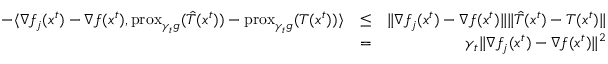
\begin{array} { r l r } { - \langle \nabla f _ { j } ( x ^ { t } ) - \nabla f ( x ^ { t } ) , \mathrm { p r o x } _ { \gamma _ { t } g } ( \hat { T } ( x ^ { t } ) ) - \mathrm { p r o x } _ { \gamma _ { t } g } ( T ( x ^ { t } ) ) \rangle } & { \leq } & { \Vert \nabla f _ { j } ( x ^ { t } ) - \nabla f ( x ^ { t } ) \Vert \Vert \hat { T } ( x ^ { t } ) - T ( x ^ { t } ) \Vert } \\ & { = } & { \gamma _ { t } \Vert \nabla f _ { j } ( x ^ { t } ) - \nabla f ( x ^ { t } ) \Vert ^ { 2 } } \end{array}